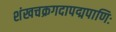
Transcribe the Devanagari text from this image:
शंखचक्रगदापद्मपाणिः